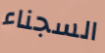
السجناء